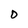
Character: D